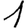
Digit: 1